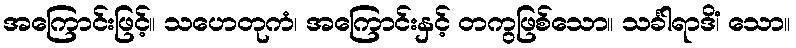
အကြောင်းဖြင့်။ သဟေတုကံ၊ အကြောင်းနှင့် တကွဖြစ်သော။ သင်္ခါရာဒိံ၊ သော။